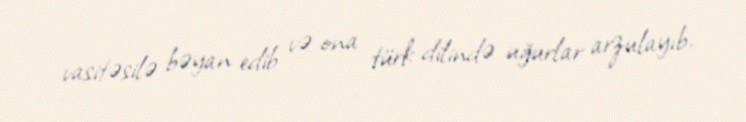
vasitəsilə bəyan edib və ona türk dilində uğurlar arzulayıb.